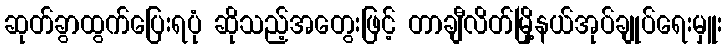
ဆုတ်ခွာထွက်ပြေးရပုံ ဆိုသည့်အတွေးဖြင့် တာချီလိတ်မြို့နယ်အုပ်ချုပ်ရေးမှူး